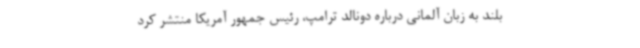
بلند به زبان آلمانی درباره دونالد ترامپ، رئیس جمهور آمریکا منتشر کرد